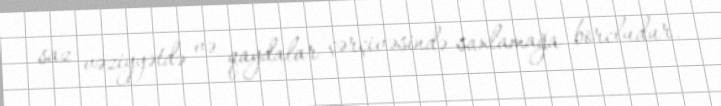
saz vəziyyətdə və qaydalar çərçivəsində saxlamağa borcludur.